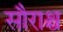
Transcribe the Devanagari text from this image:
सौराश्च